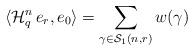
LaTeX: \begin{align*}\langle\mathcal{H}_{q}^{n}\,e_{r}, e_{0}\rangle=\sum_{\gamma\in\mathcal{S}_{1}(n,r)} w(\gamma)\end{align*}